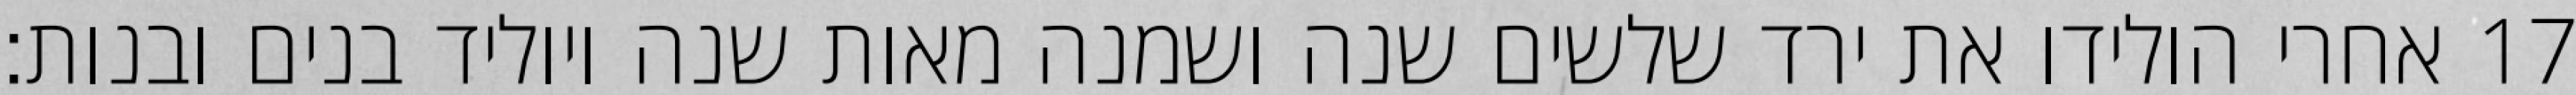
אחרי הולידו את ירד שלשים שנה ושמנה מאות שנה ויוליד בנים ובנות׃ ‎17‏